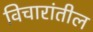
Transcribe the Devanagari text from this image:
विचारांतील